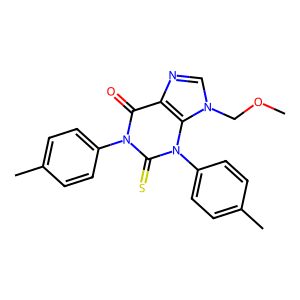
SMILES: COCn1cnc2c(=O)n(-c3ccc(C)cc3)c(=S)n(-c3ccc(C)cc3)c21
Inhibits HIV replication: No